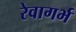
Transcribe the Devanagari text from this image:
रेवागर्भ